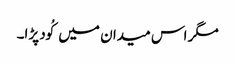
مگر اس میدان میں کُود پڑا۔